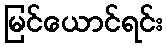
မြင်ယောင်ရင်း